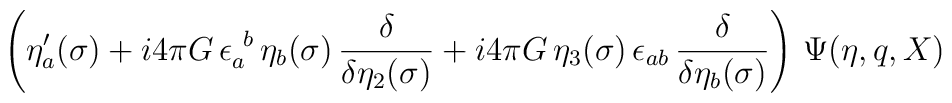
\left(\eta'_a(\sigma) + i 4\pi G \, \epsilon_a^{~b} \, \eta_b(\sigma) \,{\delta \over \delta\eta_2(\sigma)} + i 4\pi G \, \eta_3(\sigma) \,\epsilon_{ab} \, {\delta \over \delta \eta_b(\sigma)}\right) \, \Psi(\eta,q,X)\hspace*{\fill}